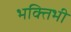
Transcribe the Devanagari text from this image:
भक्तिभी